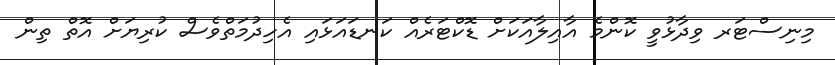
މިނިސްޓަރ ވިދާޅުވީ ކޮންމެ އާއިލާއަކަށް ޑޮކްޓަރެއް ކަނޑައަޅައި އެހިދުމަތްވެސް ކުރިޔަށް އޮތް ތިން